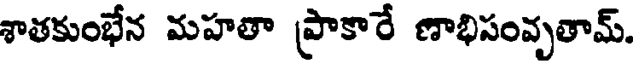
శాతకుంభేన మహతా ప్రాకారే ణాభిసంవృతామ్.